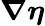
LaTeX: \boldsymbol{\nabla\eta}